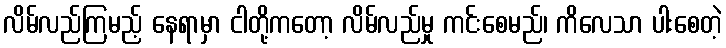
လိမ်လည်ကြမည့် နေရာမှာ ငါတို့ကတော့ လိမ်လည်မှု ကင်းစေမည်၊ ကိလေသာ ပါးစေတဲ့